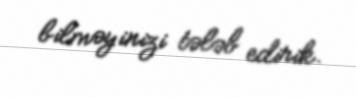
bilməyinizi tələb edirik.